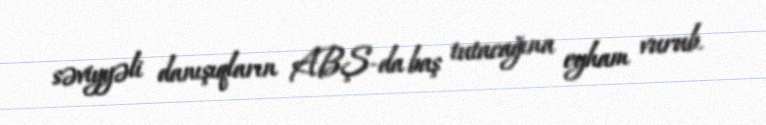
səviyyəli danışıqların ABŞ-da baş tutacağına eyham vurub.